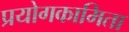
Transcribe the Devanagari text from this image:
प्रयोगकामिता